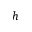
h